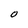
Character: O